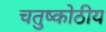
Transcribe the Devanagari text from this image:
चतुष्कोठीय